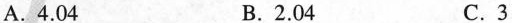
A.4.04 B.2.04 C.3